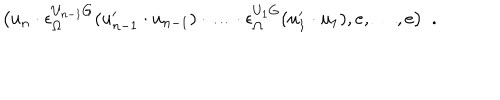
LaTeX: \bigl ( u _ { n } \cdot \epsilon _ { \Omega } ^ { U _ { n - 1 } G } ( u _ { n - 1 } ^ { \prime } \cdot u _ { n - 1 } ) \cdot \ldots \cdot \epsilon _ { \Omega } ^ { U _ { 1 } G } ( u _ { 1 } ^ { \prime } \cdot u _ { 1 } ) , e , \ldots , e \bigr ) \ \ .